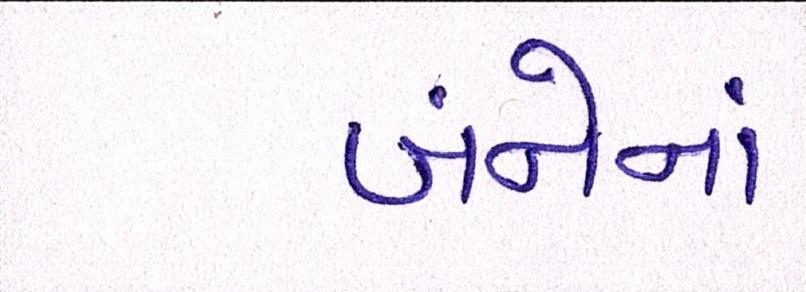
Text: બંનેનાં